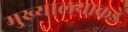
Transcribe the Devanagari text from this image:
मुख्यालयाकडे